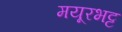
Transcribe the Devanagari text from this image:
मयूरभट्ट